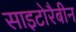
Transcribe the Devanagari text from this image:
साइटोरैबीन